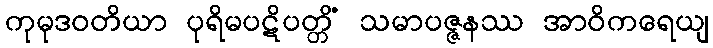
ကုမုဒဝတိယာ ပုရိမပဋိပတ္တိံ သမာပဇ္ဇနဿ အာဝိကရေယျ